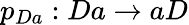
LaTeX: p_{Da}:Da\rightarrow aD